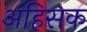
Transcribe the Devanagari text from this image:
अंहिसक